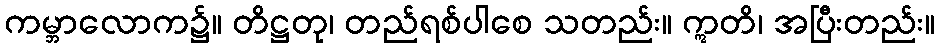
ကမ္ဘာလောက၌။ တိဋ္ဌတု၊ တည်ရစ်ပါစေ သတည်း။ ဣတိ၊ အပြီးတည်း။